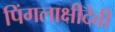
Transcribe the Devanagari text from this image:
पिंगलाक्षीदेवी